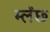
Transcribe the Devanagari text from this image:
म्लेंछ